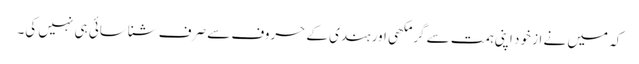
کہ میں نے از خود اپنی ہمت سے گرمکھی اور ہندی کے حروف سے صرف شناسائی ہی نہیں کی۔